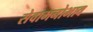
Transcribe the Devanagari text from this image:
सेवामनोभाव